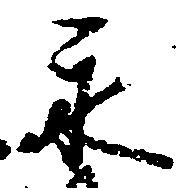
永